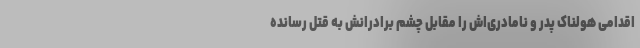
اقدامی هولناک پدر و نامادری‌اش را مقابل چشم برادرانش به قتل رسانده